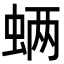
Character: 𮔊